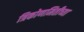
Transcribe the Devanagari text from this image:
त्रिकोणमितीच्या